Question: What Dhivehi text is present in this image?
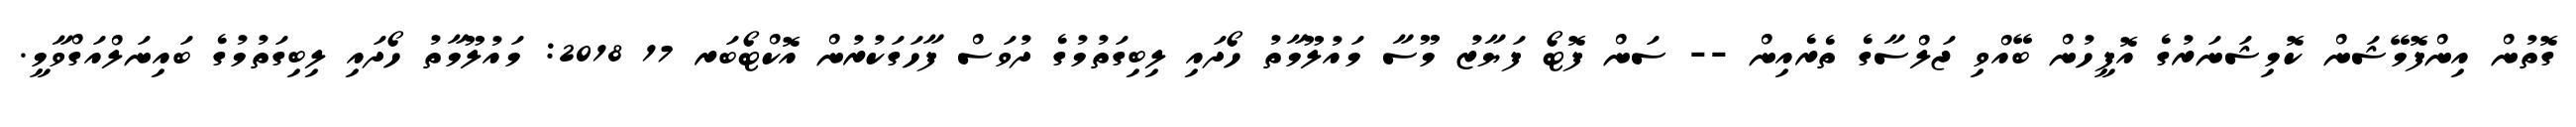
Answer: ގޮތުން އިންފޮމޭޝަން ކޮމިޝަނަރުގެ އޮފީހުން ބޭއްވި ޖަލްސާގެ ތެރެއިން -- ސަން ފޮޓޯ ފަޔާޒު މޫސާ މައުލޫމާތު ހޯދައި ލިބިގަތުމުގެ ދުވަސް ފާހަގަކުރުން އޮކްޓޯބަރ 17 2018: މައުލޫމާތު ހޯދައި ލިބިގަތުމުގެ ބައިނަލްއަގްވާމީ.